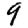
Digit: 9